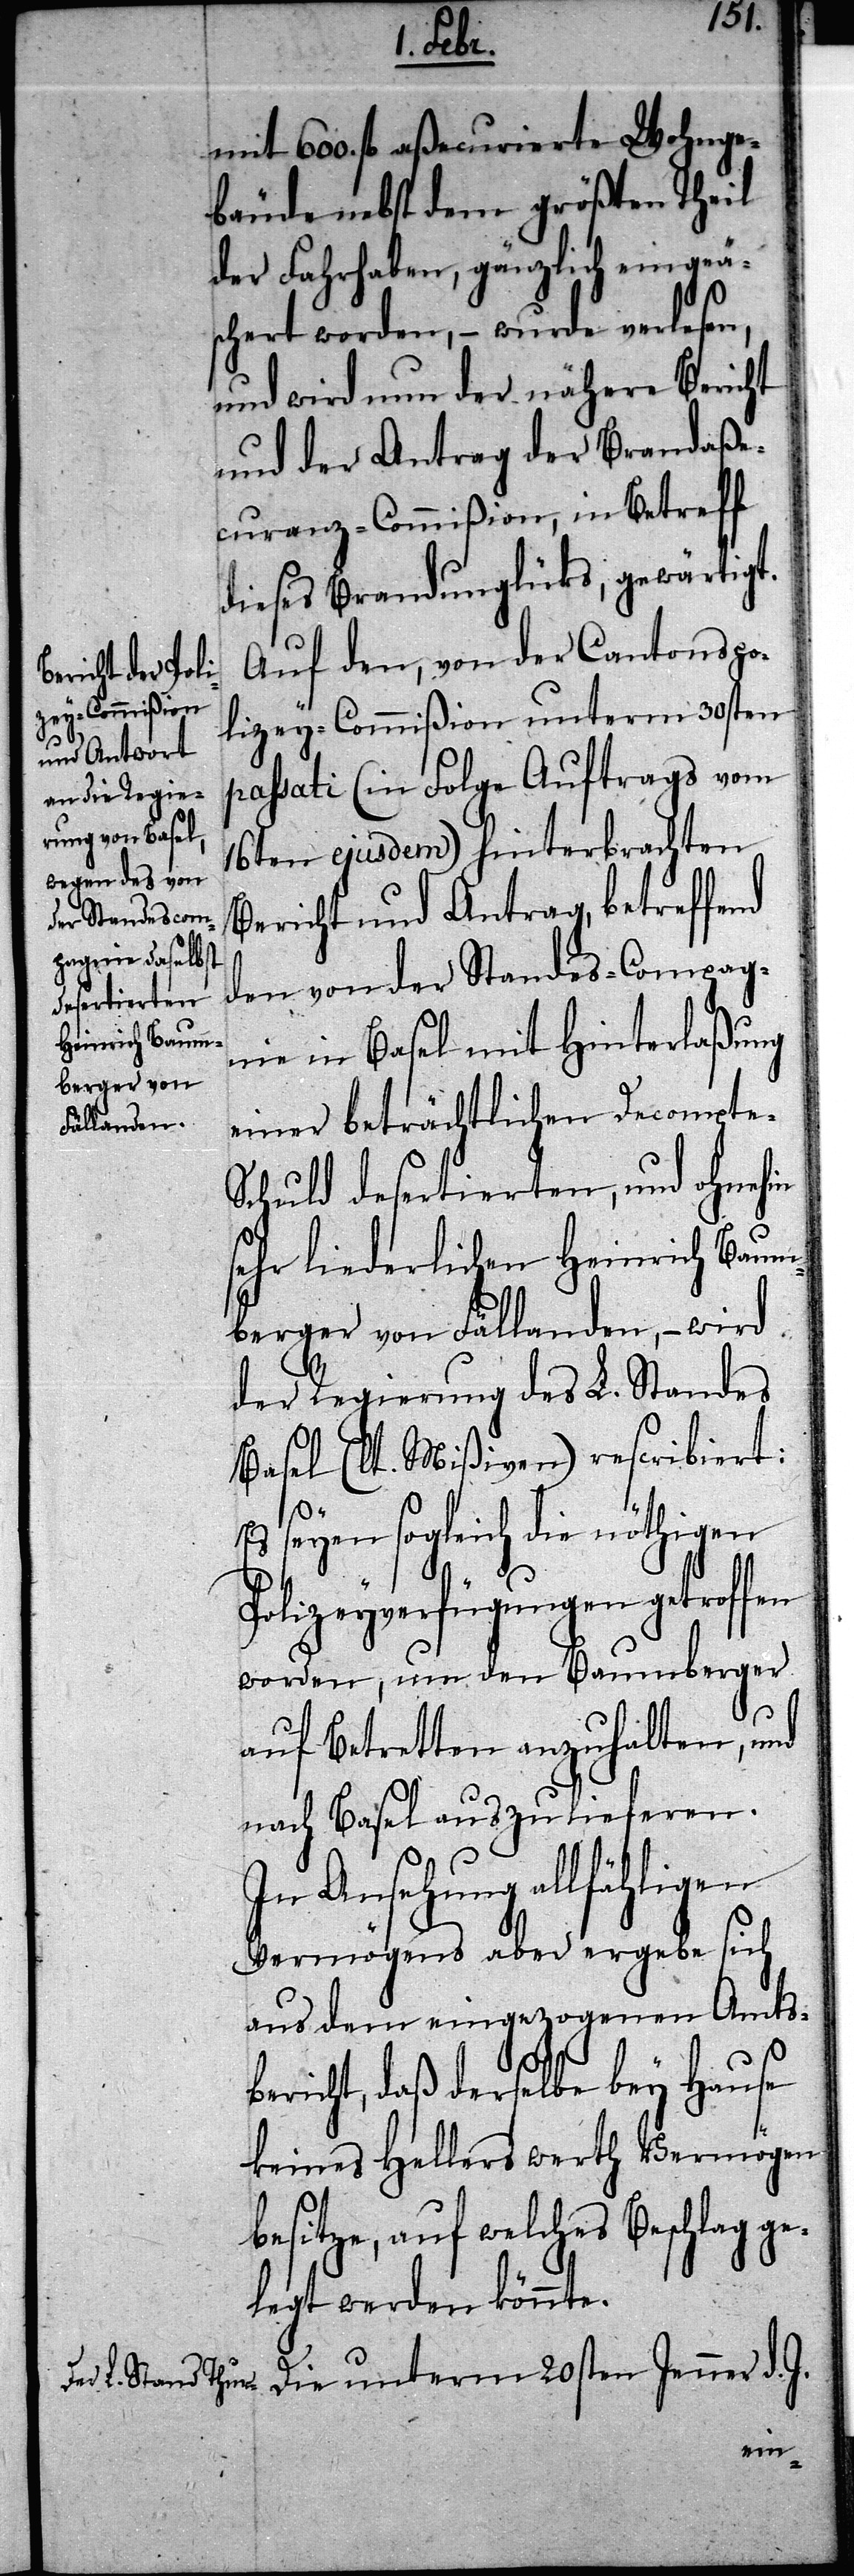
mit 600. fl. aßecurierte Wohnge¬
bäude nebst dem größten Theil
der Fahrhaben, gänzlich eingeä¬
schert worden, – wurde verlesen,
und wird nun der nähere Bericht
und der Antrag der Brandaße¬
curanz-Commißion, in Betreff
dieses Brandunglücks, gewärtigt.
Auf den, von der Cantonspo¬
licey-Commißion unterm 30sten
passati (in Folge Auftrags vom
16ten ejusdem) hinterbrachten
Bericht und Antrags, betreffend
den von der Standes-Compag¬
nie in Basel mit Hinterlaßung
einer beträchtlichen Decompte-S¬
chuld desertierten, und ohnehin
sehr liederlichen Heinrich Baum¬
berger von Fällanden, – wird
der Regierung des L. Standes
Basel (lt. Mißiven) rescribiert:
Es seyen sogleich die nöthigen
Polizeyverfügungen getroffen
worden, um den Baumberger
auf Betretten anzuhalten, und
nach Basel auszulieferen.
In Ansehung allfähligen
Vermögens aber ergebe sich
aus dem eingezogenen Amts¬
bericht, daß derselbe bey Hause
keines Hellers werth Vermögen
besitze, auf welches Beschlag ge¬
legt werden könnte.
Die unterm 20sten Jenner d. J.